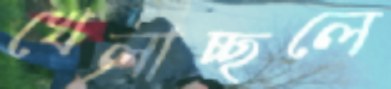
খেলাচ্ছলে